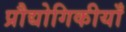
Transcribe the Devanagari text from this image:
प्रौद्योगिकीयाँ